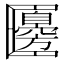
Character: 𠥫